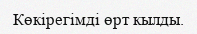
Көкірегімді өрт кылды.